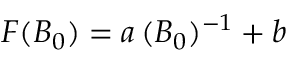
F ( B _ { 0 } ) = a \, ( B _ { 0 } ) ^ { - 1 } + b